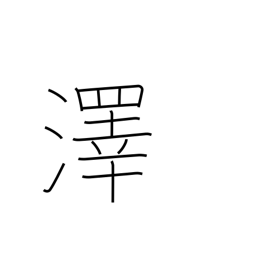
Meaning: swamp